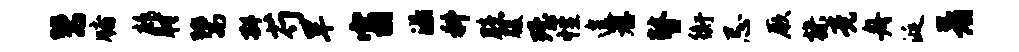
鬻牖鹧肘鬻斟芍旱窗溢科臆腹殪性遑荐瞽衡忌厥操竟舟涎着